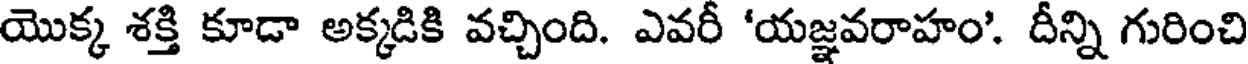
యొక్క శక్తి కూడా అక్కడికి వచ్చింది. ఎవరీ 'యజ్ఞవరాహం'. దీన్ని గురించి